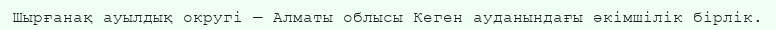
Шырғанақ ауылдық округі — Алматы облысы Кеген ауданындағы әкімшілік бірлік.